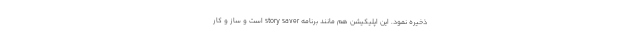
ذخیره نمود. این اپلیکیشن هم مانند برنامه story saver است و ساز و کار